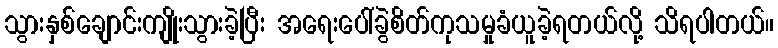
သွားနှစ်ချောင်းကျိုးသွားခဲ့ပြီး အရေးပေါ်ခွဲစိတ်ကုသမှုခံယူခဲ့ရတယ်လို့ သိရပါတယ်။